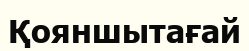
Қояншытағай